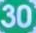
30